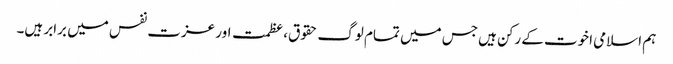
ہم اسلامی اخوت کے رکن ہیں جس میں تمام لوگ حقوق،عظمت اور عزت نفس میں برابر ہیں۔